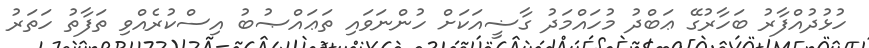
ހުޅުދުއްފާރު ބަހާރުގޭ ޢަބްދު މުހައްމަދު ގާޟީއަކަށް ހުންނަވައި ތަޢައްޞުބު އިސްކުރެއްވި ތަފާތު ހަތަރު